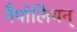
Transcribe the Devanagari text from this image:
नैपोलियन्